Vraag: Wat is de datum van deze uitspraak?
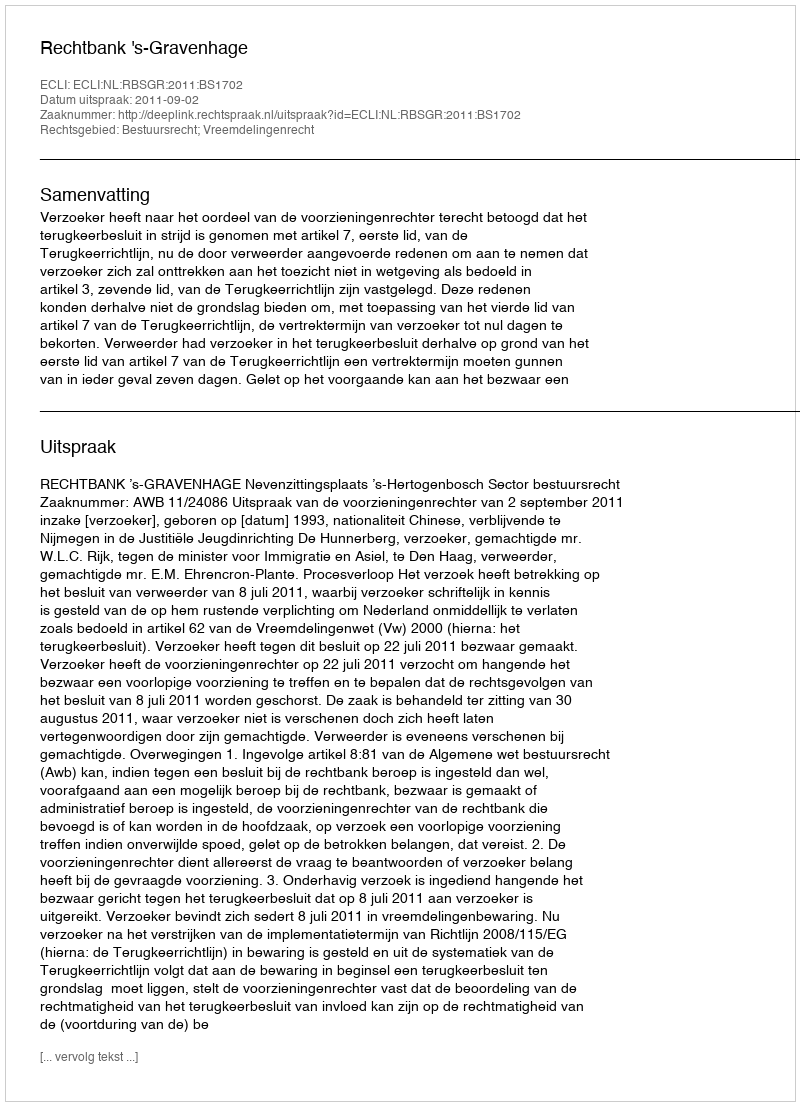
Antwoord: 2011-09-02